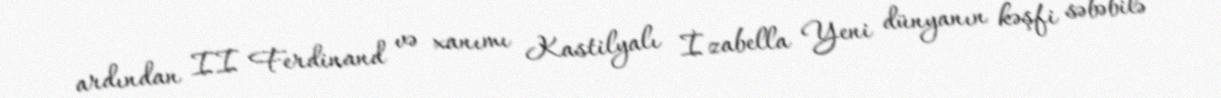
ardından II Ferdinand və xanımı Kastilyalı İzabella Yeni dünyanın kəşfi səbəbilə